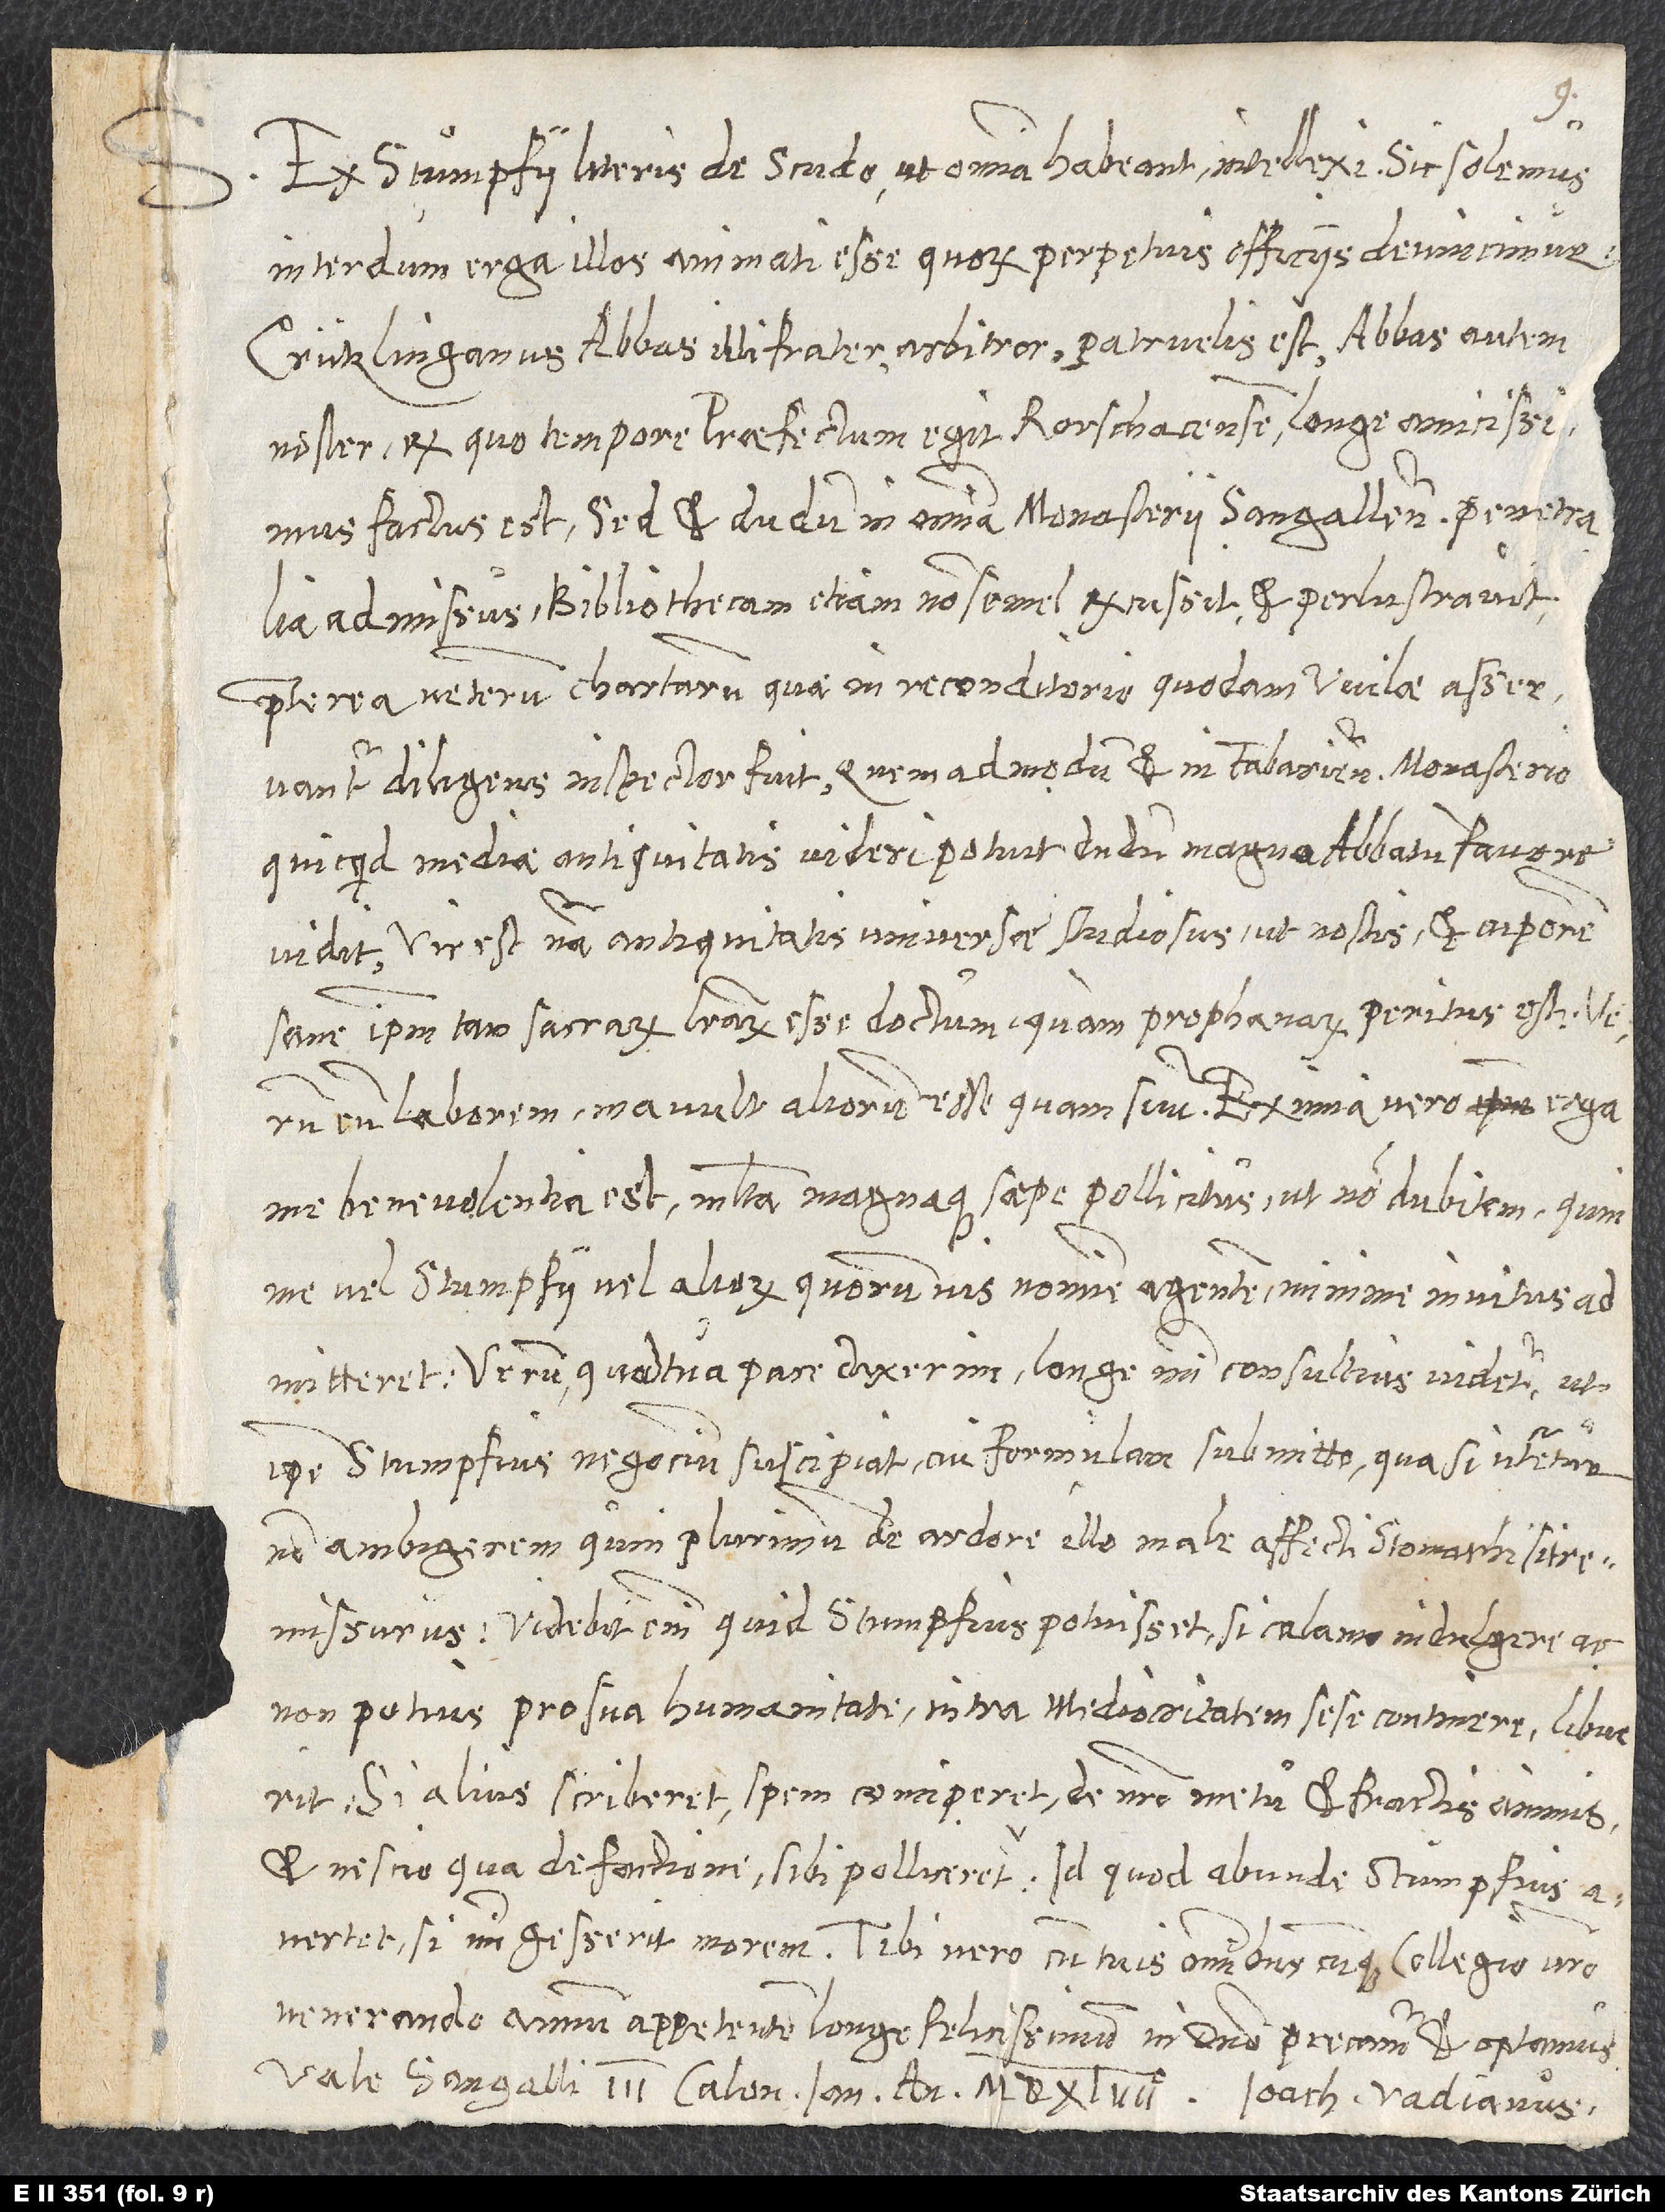
S.

Ex Stumpfii literis, de Scudo ut omnia habeant, intellexi. Sic solemus
interdum erga illos animati esse, quorum perpetuis officiis devincimur!
Crützlinganus abbas, illi frater, arbitror, patruelis est. Abbas autem
noster, ex quo tempore praefectum egit Rorschacensem, longe amicissimus
factus est. Sed et dudum in omnia monasterii Sangallensis penetralia
admissus bibliothecam etiam non semel excussit et perlustravit,
praeterea veterum chartarum, quae in reconditorio quodam Wilae asservantur,
diligens inspector fuit, quemadmodum et in Fabariensi monasterio,
quicquid mediae antiquitatis videri potuit, dudum magna abbatum favore
vidit. Vir est natura antiquitatis universae studiosus, ut nostis (et cuperem
sane ipsum tam sacrarum literarum esse doctum, quam prophanarum penitus est!),
eum laborem mavult aliorum esse quam suum. Eximia vero erga
me benevolentia est. Multa magnaque saepe pollicitus, ut non dubitem, quin
me vel Stumpfii vel aliorum quorumvis nomine agentem minime invitus
admitteret. Verum, quod tua pace dixerim, longe mihi consultius videtur, ut
ipse Stumpfius negocium suscipiat, cui formulam submitto, qua si uteretur,
non ambigerem, quin plurimum de ardore illo male affecti stomachi sit
remissurus. Videbit enim, quid Stumpfius potuisset, si calamo indulgere ac
non potius pro sua humanitate intra mediocritatem sese continere libuerit.
Si alius scriberet, spem conciperet de nostro metu et fractis animis
et nescio qua de factione sibi polliceretur; id quod abunde Stumpfius
venerando annum appetentem longe felicissimum in domino precamur et optamus.